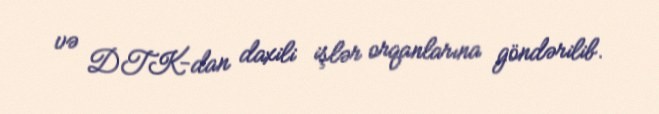
və DTK-dan daxili işlər orqanlarına göndərilib.